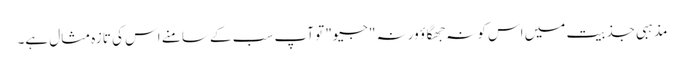
مذہبی جذبیت میں اس کو نہ جھگاؤ ورنہ "جیو" تو آپ سب کے سامنے اس کی تازہ مثال ہے۔